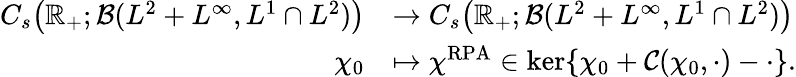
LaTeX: \begin{array}{rl}{C_{s}\bigr(\mathbb{R}_{+};\mathcal{B}(L^{2}+L^{\infty},L^{1}\cap L^{2})\bigr)}&{\rightarrow C_{s}\bigr(\mathbb{R}_{+};\mathcal{B}(L^{2}+L^{\infty},L^{1}\cap L^{2})\bigr)}\\ {\chi_{0}}&{\mapsto\chi^{\mathrm{RPA}}\in\ker\{ \chi_{0}+\mathcal{C}(\chi_{0},\cdot)-\cdot\} .}\end{array}